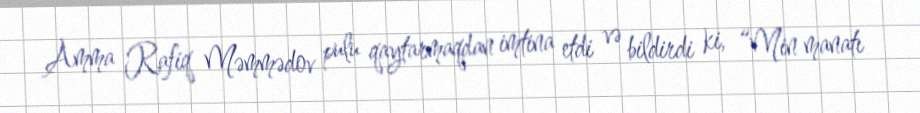
Amma Rafiq Məmmədov pulu qaytarmaqdan imtina etdi və bildirdi ki, “Min manatı